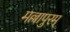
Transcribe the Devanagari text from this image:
मल्लापुरम्